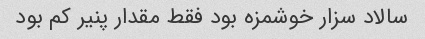
سالاد سزار خوشمزه بود فقط مقدار پنیر کم بود